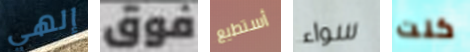
إلهي فوق أستطيع سواء كنت